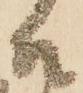
そ